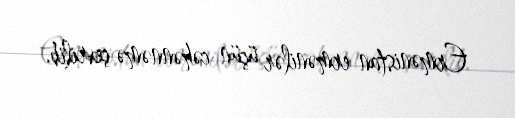
Ermənistan ermənilər üçün cəhənnəmə çevrilib.